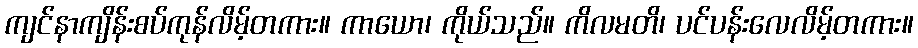
ကျင်နာကျိန်းစပ်ကုန်လိမ့်တကား။ ကာယော၊ ကိုယ်သည်။ ကိလမတိ၊ ပင်ပန်းလေလိမ့်တကား။